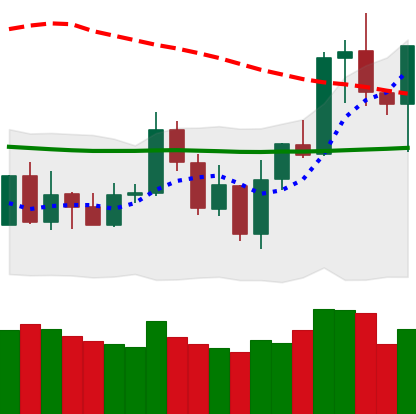
Ticker: NEO-USD
Chart end date: 2020-01-10
Forward return: 15.801%
Label: up_7plus